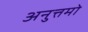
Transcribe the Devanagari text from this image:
अनुत्तमो